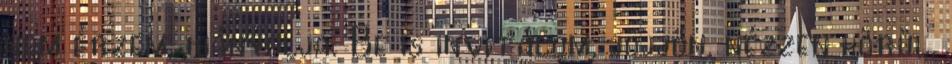
nem érzem, hiányolja. Be is invitálom, jöjjön, nézzen körül.